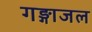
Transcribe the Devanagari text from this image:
गङ्गाजल